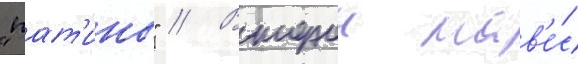
"пат'ины" // Второи нав'е́с